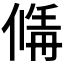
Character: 𠌚